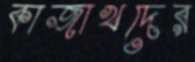
কাজাখদের